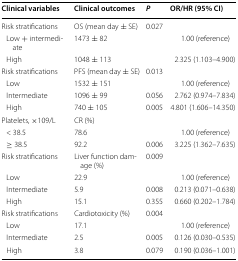
<table><thead><tr><td><b>Clinical variables</b></td><td><b>Clinical outcomes</b></td><td><b><i>P</i></b></td><td><b>OR/HR (95% CI)</b></td></tr></thead><tbody><tr><td>Risk stratifications</td><td>OS (mean day ± SE)</td><td>0.027</td><td></td></tr><tr><td> Low + intermediate</td><td>1473 ± 82</td><td></td><td>1.00 (reference)</td></tr><tr><td> High</td><td>1048 ± 113</td><td></td><td>2.325 (1.103–4.900)</td></tr><tr><td>Risk stratifications</td><td>PFS (mean day ± SE)</td><td>0.013</td><td></td></tr><tr><td> Low</td><td>1532 ± 151</td><td></td><td>1.00 (reference)</td></tr><tr><td> Intermediate</td><td>1096 ± 99</td><td>0.056</td><td>2.762 (0.974–7.834)</td></tr><tr><td> High</td><td>740 ± 105</td><td>0.005</td><td>4.801 (1.606–14.350)</td></tr><tr><td>Platelets, ×109/L</td><td>CR (%)</td><td></td><td></td></tr><tr><td> &lt; 38.5</td><td>78.6</td><td></td><td>1.00 (reference)</td></tr><tr><td> ≥ 38.5</td><td>92.2</td><td>0.006</td><td>3.225 (1.362–7.635)</td></tr><tr><td>Risk stratifications </td><td>Liver function damage (%)</td><td>0.009</td><td></td></tr><tr><td> Low</td><td>22.9</td><td></td><td>1.00 (reference)</td></tr><tr><td> Intermediate</td><td>5.9</td><td>0.008</td><td>0.213 (0.071–0.638)</td></tr><tr><td> High</td><td>15.1</td><td>0.355</td><td>0.660 (0.202–1.784)</td></tr><tr><td>Risk stratifications</td><td>Cardiotoxicity (%)</td><td>0.004</td><td></td></tr><tr><td> Low</td><td>17.1</td><td></td><td>1.00 (reference)</td></tr><tr><td> Intermediate</td><td>2.5</td><td>0.005</td><td>0.126 (0.030–0.535)</td></tr><tr><td> High</td><td>3.8</td><td>0.079</td><td>0.190 (0.036–1.001)</td></tr></tbody></table>